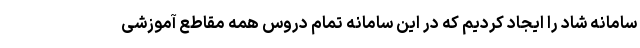
سامانه شاد را ایجاد کردیم که در این سامانه تمام دروس همه مقاطع آموزشی